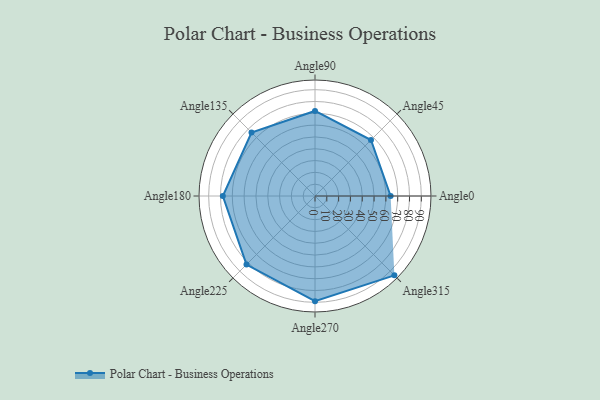
{"axis": {"x": "Angle", "y": "Radius"}, "legend": [""], "data": [{"x": "Angle0", "y": 64.0, "type": ""}, {"x": "Angle45", "y": 67.0, "type": ""}, {"x": "Angle90", "y": 72.0, "type": ""}, {"x": "Angle135", "y": 76.0, "type": ""}, {"x": "Angle180", "y": 78.0, "type": ""}, {"x": "Angle225", "y": 82.0, "type": ""}, {"x": "Angle270", "y": 89.0, "type": ""}, {"x": "Angle315", "y": 95.0, "type": ""}]}